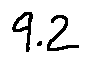
9 . 2